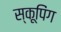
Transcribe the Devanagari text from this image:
स्कूपिंग